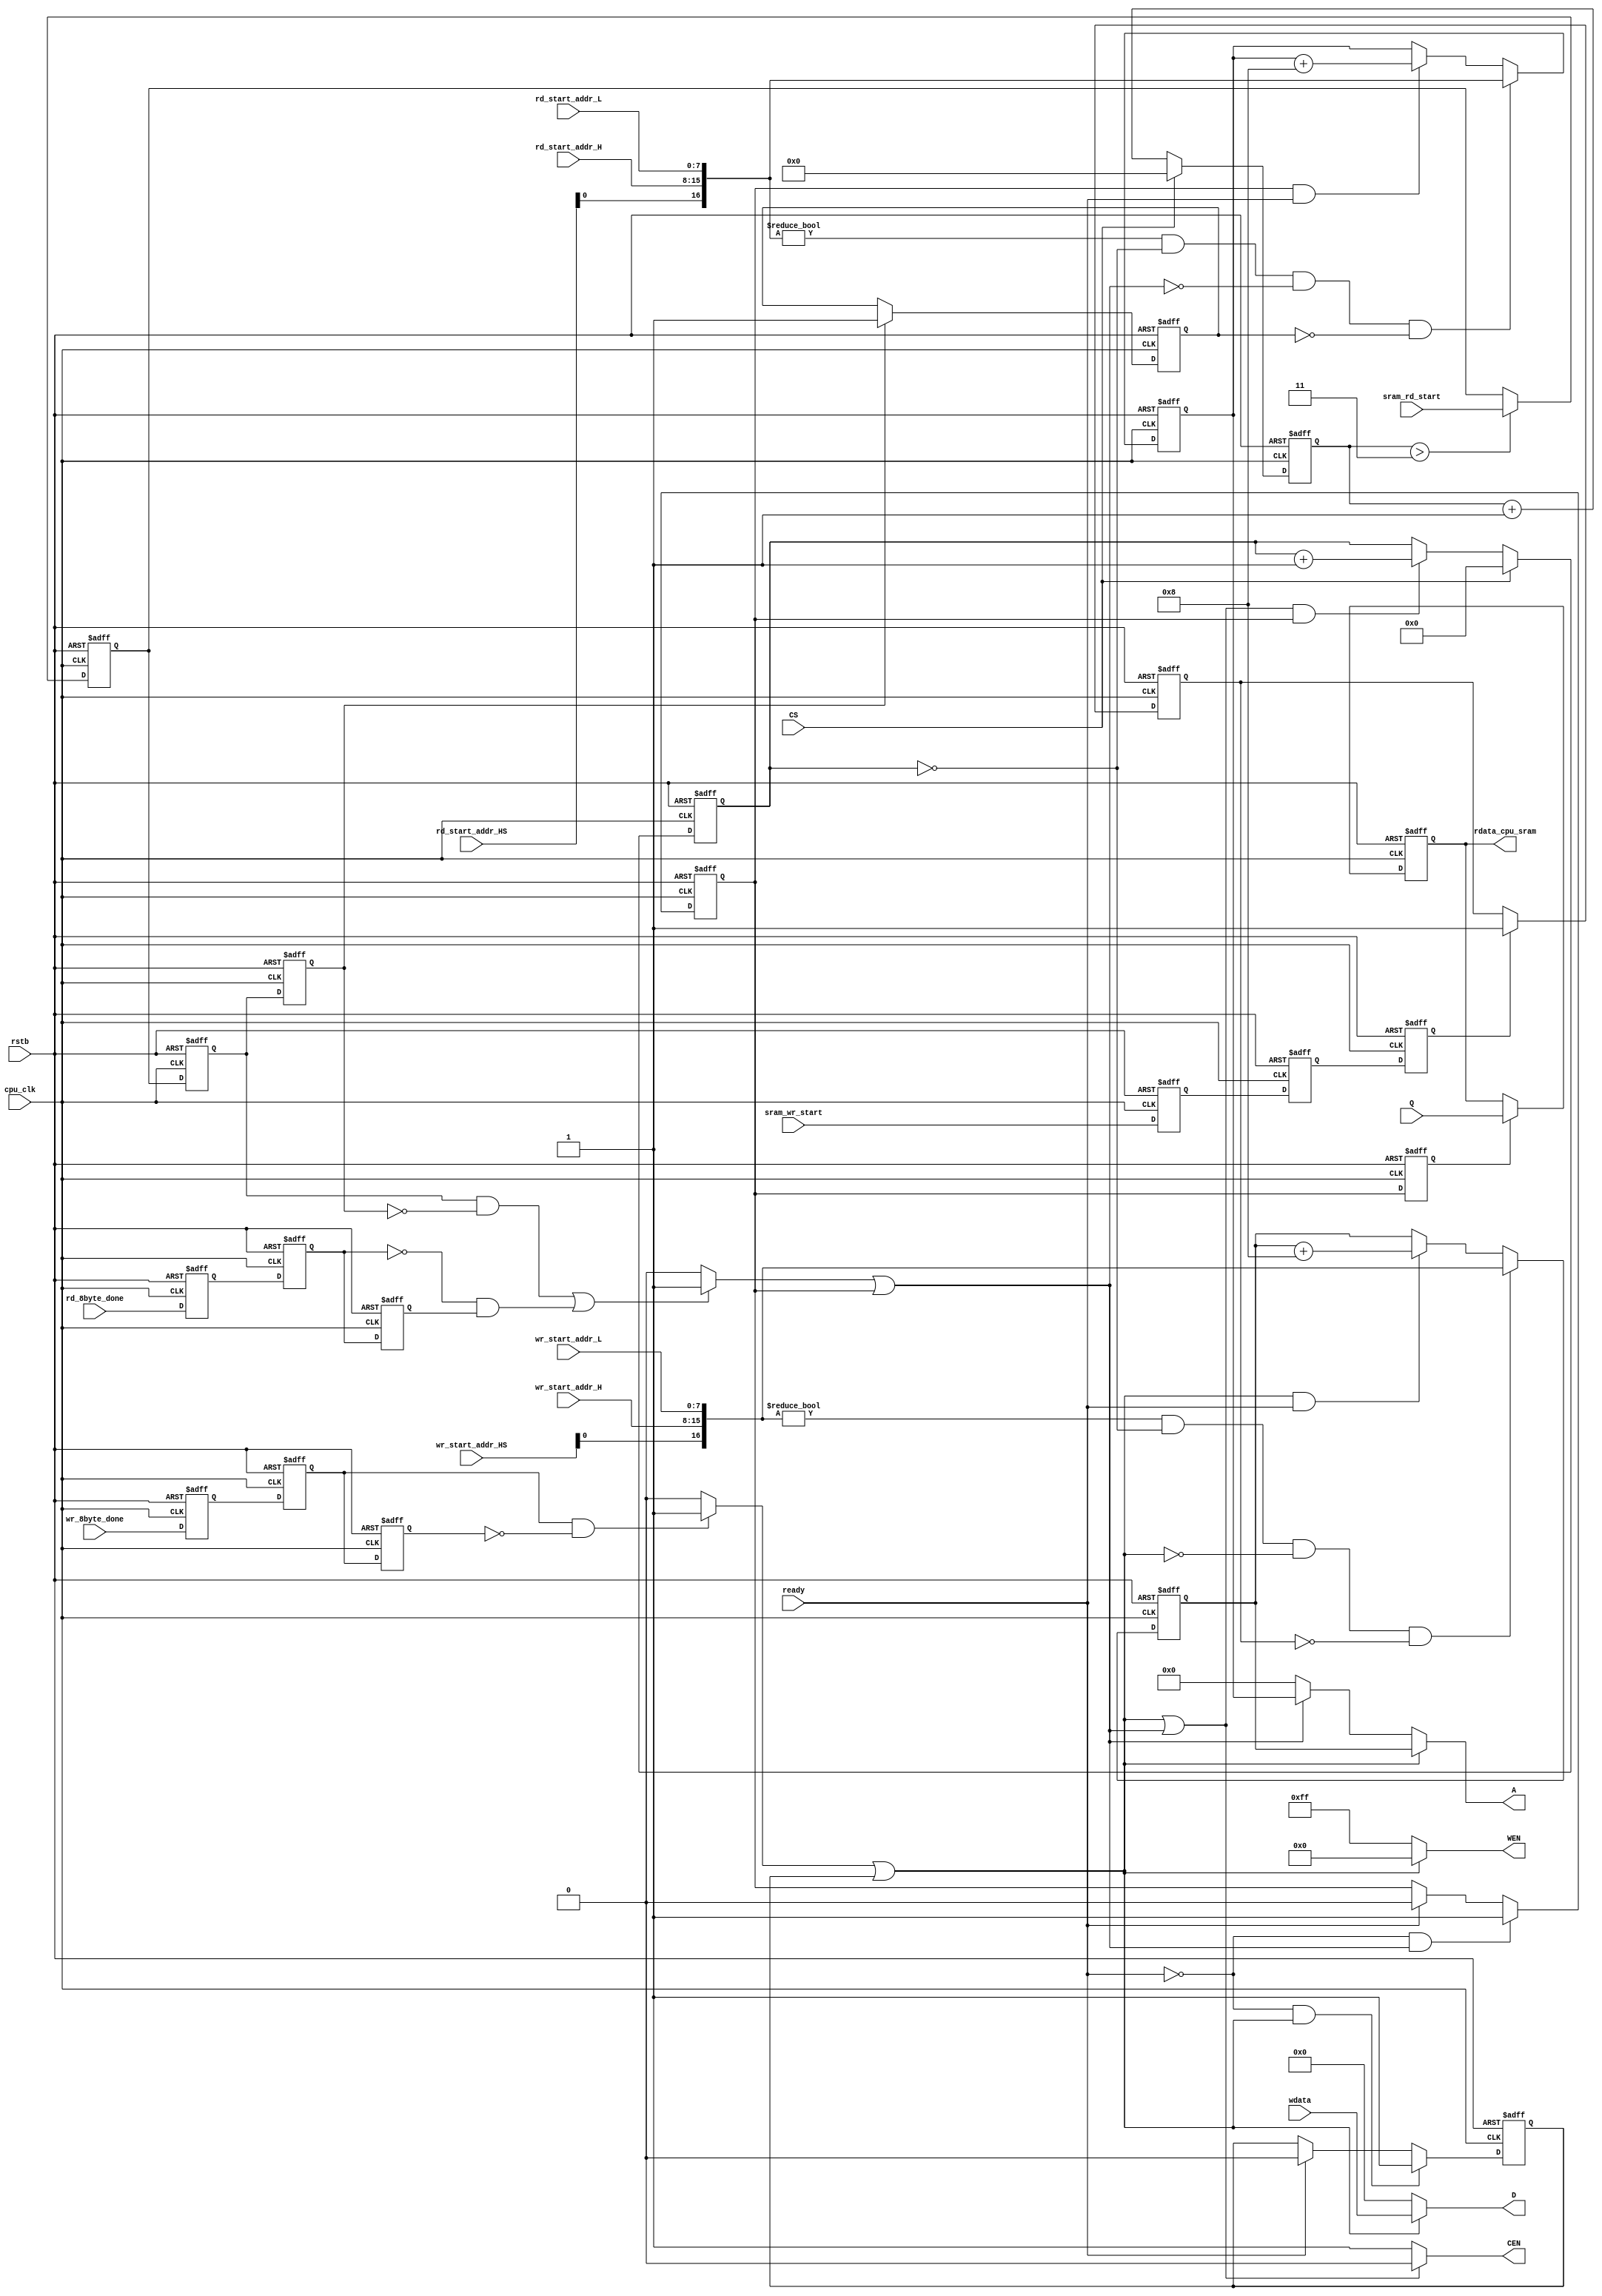
`timescale 1 ps/1 ps
//////////////////////////////////////////
//                                      //
//     this is slave SRAM Controller    //
//    for SRAM interface                //
//      create by: Jay Gao              //
//      date:                 // 
//////////////////////////////////////////

module sram_ctrl_CPU(
    input CS,
    //usb side
    input sram_wr_start,
    input [63:0]wdata,
    input wr_8byte_done,
    input sram_rd_start,
    input rd_8byte_done,
    //CPU side 
    input cpu_clk,
    input rstb,
    output CEN,
    output [7:0] WEN,
    output [16:0]A,//from regif which decide by FW
    output [63:0]D,//wdata
    input  [63:0]Q, //rdata
    input ready, // from SRAM control by CPU
    input [7:0]wr_start_addr_HS,
    input [7:0]wr_start_addr_H, 
    input [7:0]wr_start_addr_L, 
    input [7:0]rd_start_addr_HS, 
    input [7:0]rd_start_addr_H, 
    input [7:0]rd_start_addr_L,
    output reg[63:0]rdata_cpu_sram 

);

//wr start sync reg
reg sync_sram_wr_start_ff1;
reg sync_sram_wr_start_ff2;
reg sync_sram_wr_start_ff3;//for pulse
//wr 8byte done sync reg
reg sync_wr_8byte_done_ff1;
reg sync_wr_8byte_done_ff2;
reg sync_wr_8byte_done_ff3;//for pulse
//rd start sync reg
reg sync_sram_rd_start_ff1;
reg sync_sram_rd_start_ff2;
reg sync_sram_rd_start_ff3;//for pulse
//rd 8byte done sync reg
reg sync_rd_8byte_done_ff1;
reg sync_rd_8byte_done_ff2;
reg sync_rd_8byte_done_ff3;//for pulse

//create pulse
reg wr_pulse_A;
reg wr_pulse_B;
wire wr_pulse;
reg rd_pulse_A;
reg rd_pulse_B;
reg rd_pulse_C;//rd_pulse_B delay 1t. for matching protocol
wire rd_pulse;
//
reg [13:0] wen_cnt;//write data byte count

//Address
reg [16:0] A_temp_wr;
reg [16:0] A_temp_rd;
wire [16:0] A_wr_start;
wire [16:0] A_rd_start;
reg A_wr_keep;// flag for keep address
reg A_rd_keep;

//count for delete erase sram_rd_start
reg [4:0]era_sram_rd_start_cnt;
always @(posedge cpu_clk or negedge rstb)begin
    if(rstb==0)
         era_sram_rd_start_cnt <=0;
    else if (CS==1)
         era_sram_rd_start_cnt <=0;
    else if (CS==0)
         era_sram_rd_start_cnt <= era_sram_rd_start_cnt+1;
end

///////////////////////////syc filp flop for write////////////////////////////////
//wr start sync ff action
always @(posedge cpu_clk or negedge rstb)begin
    if(rstb==0)
         sync_sram_wr_start_ff1 <=0;
    else
         sync_sram_wr_start_ff1 <= sram_wr_start;
end
always @(posedge cpu_clk or negedge rstb)begin
    if(rstb==0)
         sync_sram_wr_start_ff2 <=0;
    else
         sync_sram_wr_start_ff2 <= sync_sram_wr_start_ff1;
end
always @(posedge cpu_clk or negedge rstb)begin
    if(rstb==0)
         sync_sram_wr_start_ff3 <=0;
    else
         sync_sram_wr_start_ff3 <= sync_sram_wr_start_ff2;
end

//wr 8 byte sync ff action
always @(posedge cpu_clk or negedge rstb)begin
    if(rstb==0)
         sync_wr_8byte_done_ff1 <=0;
    else 
         sync_wr_8byte_done_ff1 <= wr_8byte_done;
end

always @(posedge cpu_clk or negedge rstb)begin
    if(rstb==0)
         sync_wr_8byte_done_ff2 <=0;
    else
         sync_wr_8byte_done_ff2 <= sync_wr_8byte_done_ff1;
end

always @(posedge cpu_clk or negedge rstb)begin
    if(rstb==0)
         sync_wr_8byte_done_ff3 <=0;
    else
         sync_wr_8byte_done_ff3 <= sync_wr_8byte_done_ff2;
end

///////////////////////////syc filp flop for READ////////////////////////////////
//rd start sync ff action
always @(posedge cpu_clk or negedge rstb)begin
    if(rstb==0)
         sync_sram_rd_start_ff1 <=0;
    else if (era_sram_rd_start_cnt>3)//erase sram_rd_start when Bit =0
         sync_sram_rd_start_ff1 <= sram_rd_start;
end
always @(posedge cpu_clk or negedge rstb)begin
    if(rstb==0)
         sync_sram_rd_start_ff2 <=0;
    else
         sync_sram_rd_start_ff2 <= sync_sram_rd_start_ff1;
end
always @(posedge cpu_clk or negedge rstb)begin
    if(rstb==0)
         sync_sram_rd_start_ff3 <=0;
    else
         sync_sram_rd_start_ff3 <= sync_sram_rd_start_ff2;
end

//rd 8byte doen sync ff action
always @(posedge cpu_clk or negedge rstb)begin
    if(rstb==0)
         sync_rd_8byte_done_ff1 <=0;
    else
         sync_rd_8byte_done_ff1 <= rd_8byte_done;
end

always @(posedge cpu_clk or negedge rstb)begin
    if(rstb==0)
         sync_rd_8byte_done_ff2 <=0;
    else
         sync_rd_8byte_done_ff2 <= sync_rd_8byte_done_ff1;
end

always @(posedge cpu_clk or negedge rstb)begin
    if(rstb==0)
         sync_rd_8byte_done_ff3 <=0;
    else
         sync_rd_8byte_done_ff3 <= sync_rd_8byte_done_ff2;
end
/////////////////////////////////READ & WRITE pulse////////////////////////////
//wr__pulse 
always @(*)begin
    if (sync_wr_8byte_done_ff2 ==1 && sync_wr_8byte_done_ff3==0)
        wr_pulse_A =1;
    else
        wr_pulse_A =0;
end

always @(posedge cpu_clk or negedge rstb)begin
    if(rstb==0)
        wr_pulse_B <= 0;
    else if (ready == 0 && wr_pulse ==1)//used for ready signal //req and ack
        wr_pulse_B <= 1; 
    else if (ready == 1)
        wr_pulse_B <= 0; 
end

assign wr_pulse = wr_pulse_A | wr_pulse_B;

//rd__pulse
always @(*)begin
    if ((sync_sram_rd_start_ff2 ==1 && sync_sram_rd_start_ff3 ==0) || (sync_rd_8byte_done_ff2 ==0 &&sync_rd_8byte_done_ff3 ==1))
        rd_pulse_A =1;
    else
        rd_pulse_A =0;
end

always @(posedge cpu_clk or negedge rstb)begin
    if(rstb==0)
        rd_pulse_B <= 0;
    else if (ready == 0 && rd_pulse ==1)//used for ready signal //req and ack
        rd_pulse_B <= 1; 
    else if (ready == 1)
        rd_pulse_B <= 0;
end

assign rd_pulse = rd_pulse_A | rd_pulse_B;

////////////////////////////////////////////////CEN///////////////////////////////////////////
assign CEN = (wr_pulse | rd_pulse) ? 1'b0 : 1'b1; //delay test in real dealy


////////////////////////////////////////////////WEN///////////////////////////////////////////
// wr -> wen = 0         rd -> wen = 1
assign WEN = wr_pulse==1'b1 ?  8'h00: 
             rd_pulse==1'b1 ?  8'hff: 8'hff;


////////////////////////////////////////////////A///////////////////////////////////////////
//address
assign A_wr_start = {{wr_start_addr_HS[0]},{wr_start_addr_H},{wr_start_addr_L}};
assign A_rd_start = {{rd_start_addr_HS[0]},{rd_start_addr_H},{rd_start_addr_L}};
always @(posedge cpu_clk or negedge rstb)begin
    if(rstb==0)begin
            wen_cnt <= 0;
    end else begin
            if(CS==1)begin
                wen_cnt <= 0;
            end else if(CEN==0 && rd_pulse_B==1)begin
                wen_cnt <= wen_cnt +1;
            end
    end
end
//keep address (start from last wr address)
always @(posedge cpu_clk or negedge rstb)begin
    if(rstb==0)begin
        A_wr_keep <= 0;
    end else if (sync_sram_wr_start_ff3 ==1) begin
        A_wr_keep <= 1;
    end
end

always @(posedge cpu_clk or negedge rstb)begin
    if(rstb==0)begin
            A_temp_wr <= 0;
    end else begin
        if (A_wr_start!=1'b0 && wen_cnt==14'b0 && wr_pulse==1'b0 && A_wr_keep==1'b0 )begin//wr
            A_temp_wr <= A_wr_start;
        end else if (wr_pulse && ready==1)begin//wr 
            A_temp_wr <= A_temp_wr + 8;
        end
    end
end

//keep address (start from last rd address)
always @(posedge cpu_clk or negedge rstb)begin
    if(rstb==0)begin
        A_rd_keep <= 0;
    end else if (sync_sram_rd_start_ff3 ==1) begin
        A_rd_keep <= 1;
    end
end

always @(posedge cpu_clk or negedge rstb)begin
    if(rstb==0)begin
            A_temp_rd <= 0;
    end else begin
        if (A_rd_start!=1'b0 && wen_cnt==14'b0 && rd_pulse==1'b0 && A_rd_keep==1'b0 )begin//rd
            A_temp_rd <= A_rd_start;
        end else if (rd_pulse_B==1'b1 && ready==1)begin//rd
            A_temp_rd <= A_temp_rd + 8;
        end
    end
end

assign A = (wr_pulse) ? A_temp_wr : 
           (rd_pulse) ? A_temp_rd   : 20'h0; 
////////////////////////////////////////////////D///////////////////////////////////////////
//assign D = (sync_wr_8byte_done_ff2 & CEN==0) ? wdata : 0;
assign D = wr_pulse ? wdata : 0;
//assign rdata_cpu_sram = sync_sram_rd_start_ff2  ? Q : 0;

////////////////////////////////////////////////Q///////////////////////////////////////////
//this is for sram spec.
//  Q is delay 1t from cs_n
always @(posedge cpu_clk or negedge rstb)begin
    if(rstb==0)
         rd_pulse_C <=0;
    else
         rd_pulse_C <= rd_pulse_B ;
end


always @(posedge cpu_clk or negedge rstb)begin
    if(rstb==0)begin
            rdata_cpu_sram  <= 0;
    end else begin
        if (rd_pulse_C == 1)
            rdata_cpu_sram  <= Q;
    end
end


endmodule